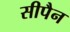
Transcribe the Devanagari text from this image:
सीपैन